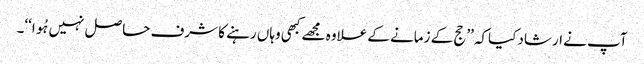
آپ نے ارشاد کیاکہ ’’حج کے زمانے کے علاوہ مجھے کبھی وہاں رہنے کا شرف حاصل نہیں ہُوا‘‘۔